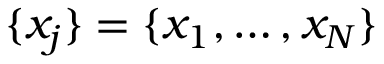
\{ x _ { j } \} = \{ x _ { 1 } , \dots , x _ { N } \}